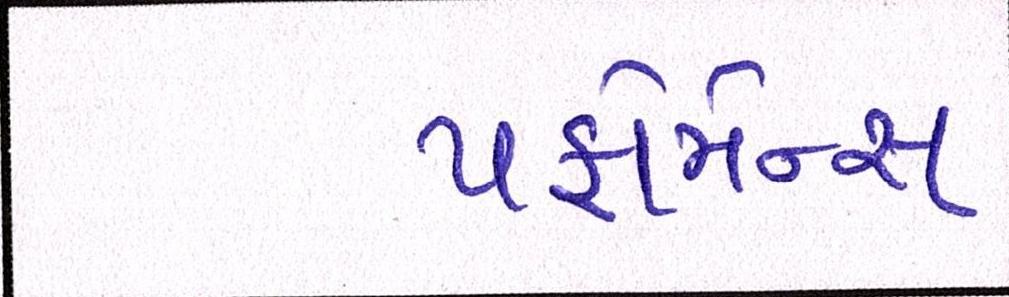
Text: પર્ફોર્મન્સ